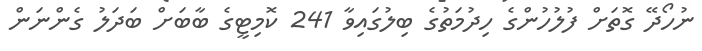
ނުހޯދޭ ގޮތަށް ފުލުހުންގެ ހިދުމަތުގެ ބިލުގައިވާ 241 ކޮމިޓީގެ ބާބަށް ބަދަލު ގެންނަން